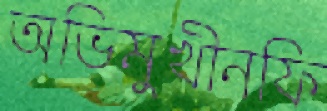
অভিমুখীনফি